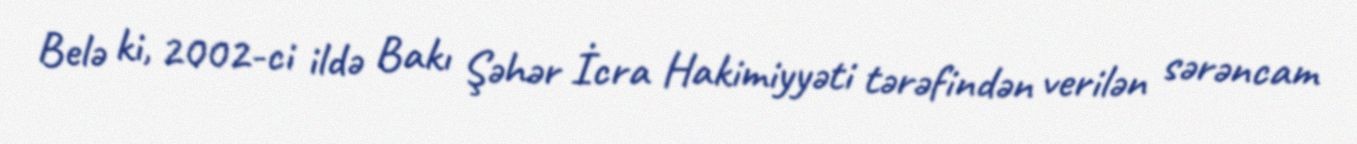
Belə ki, 2002-ci ildə Bakı Şəhər İcra Hakimiyyəti tərəfindən verilən sərəncam